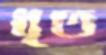
ধৃত